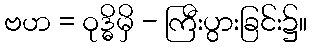
ဗဟ = ဝုဒ္ဓိမှိ - ကြီးပွားခြင်း၌။